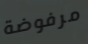
مرفوضة